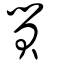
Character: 貿